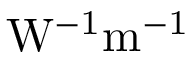
\mathrm { W ^ { - 1 } m ^ { - 1 } }